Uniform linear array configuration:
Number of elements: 8
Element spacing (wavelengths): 1
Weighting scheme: exponential
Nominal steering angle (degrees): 0
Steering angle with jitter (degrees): -1.458
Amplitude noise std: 0.05
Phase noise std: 0.05

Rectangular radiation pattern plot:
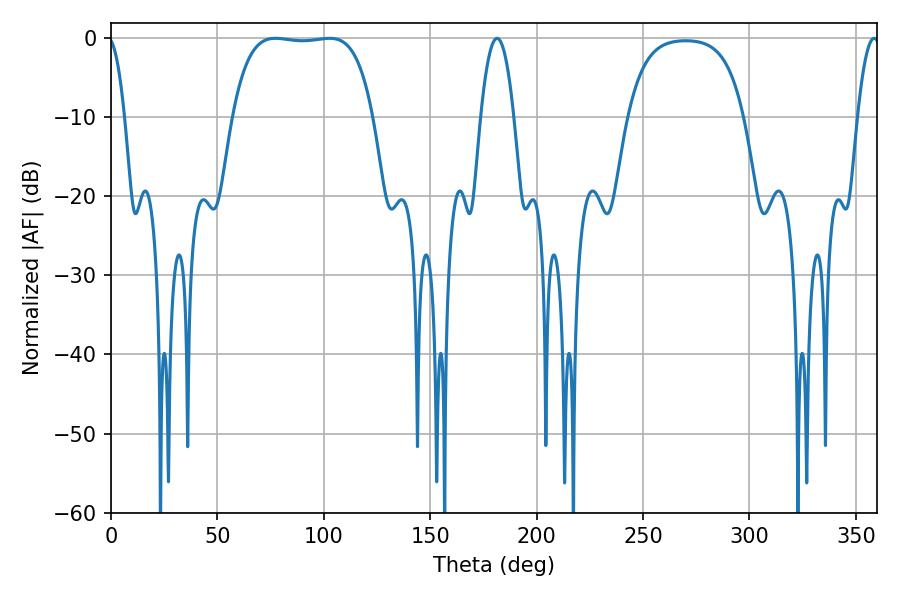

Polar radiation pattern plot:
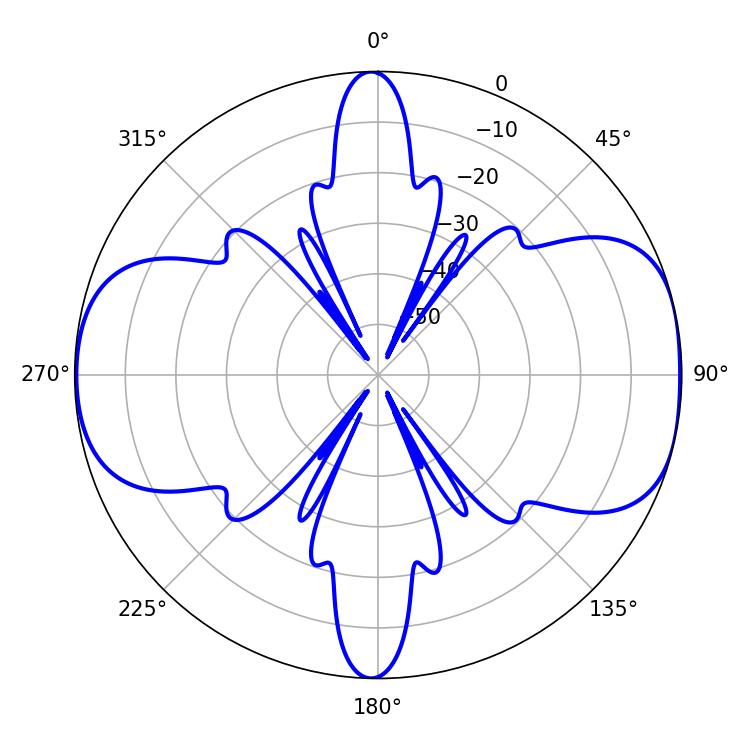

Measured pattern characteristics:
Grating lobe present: TRUE
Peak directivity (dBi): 9.01
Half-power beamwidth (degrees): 51.84
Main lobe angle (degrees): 77.22